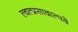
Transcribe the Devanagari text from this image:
त्वत्प्रसादात्पदे